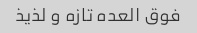
فوق العده تازه و لذیذ